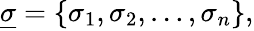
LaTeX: \underline{{\sigma}}=\{ \sigma_{1},\sigma_{2},\ldots,\sigma_{n}\} ,